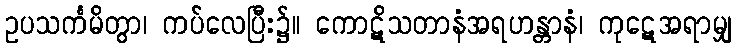
ဥပသင်္ကမိတွာ၊ ကပ်လေပြီး၌။ ကောဋိသတာနံအရဟန္တာနံ၊ ကုဋေအရာမျှ